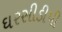
ઘરસીડીપી